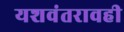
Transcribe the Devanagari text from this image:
यशवंतरावही